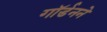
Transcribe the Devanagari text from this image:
गॉर्डनने